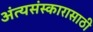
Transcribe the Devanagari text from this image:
अंत्यसंस्कारासाठी